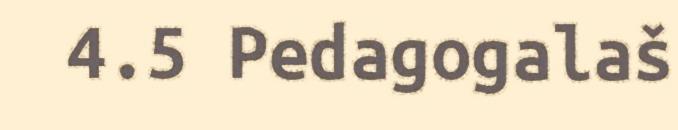
4.5 Pedagogalaš